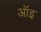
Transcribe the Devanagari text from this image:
ऑइ